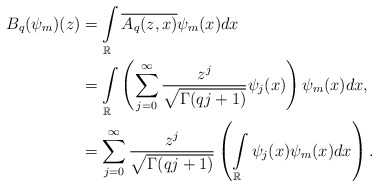
\begin{align*}B_q(\psi_m)(z) &= \int\limits_{\mathbb R} \overline{ A_q(z,x)} \psi_m(x)dx \\&=\int\limits_{\mathbb R}\left( \sum_{j=0}^{\infty} \frac{z^j}{\sqrt{\Gamma(qj+1)}} \psi_j(x)\right)\psi_m(x) dx,\\ &=\sum_{j=0}^{\infty}\frac{z^j}{\sqrt{\Gamma(qj+1)}}\left(\int\limits_{\mathbb R}\psi_j(x)\psi_m(x)dx\right).\\\end{align*}